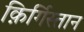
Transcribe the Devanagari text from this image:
क़िर्गिस्तान